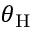
\theta _ { \mathrm { H } }